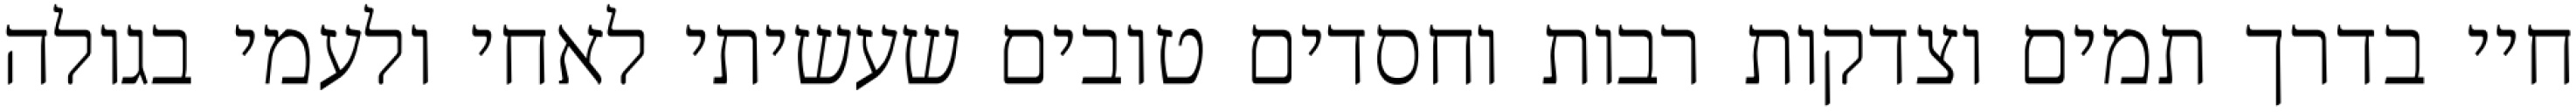
חיי בדרך תמים וצדקות רבות וחסדים טובים שעשיתי לאחי ולעמי בגולה